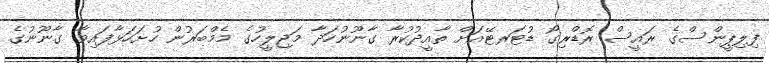
ފިލިޕީންސްގެ ރައީސް ރޮޑްރިގޯ ޑުޓަރޓޭއަށް ތާއީދުކުރާ ގާނޫނުހަދާ މަޖިލީހުގެ މެމްބަރުން ހުށަހަޅާފައިވާ ގާނޫނުގެ